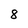
Character: 8